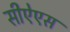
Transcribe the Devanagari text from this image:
सीऐएस